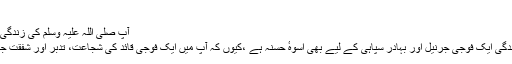
“
آپ صلی اللہ علیہ وسلم کی زندگی فوجی جرنیل کے لیے نمونہ:
آپ صلی اللہ علیہ وسلم کی زندگی ایک فوجی جرنیل اور بہادر سپاہی کے لیے بھی اُسوہٴ حسنہ ہے ،کیوں کہ آپ میں ایک فوجی قائد کی شجاعت، تدبر اور شفقت جیسی اعلیٰ صفات موجود تھیں۔